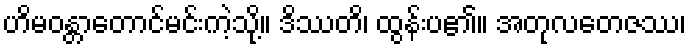
ဟိမဝန္တာတောင်မင်းကဲ့သို့။ ဒိဿတိ၊ ထွန်းပ၏။ အတုလတေဇဿ၊